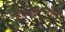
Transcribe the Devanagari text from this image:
जोपासण्याचे